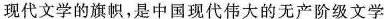
现代文学的旗帜，是中国现代伟大的无产阶级文学